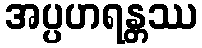
အပ္ပဟရန္တဿ